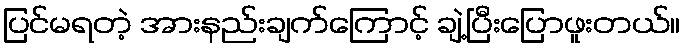
ပြင်မရတဲ့ အားနည်းချက်ကြောင့် ချဲ့ပြီးပြောဖူးတယ်။